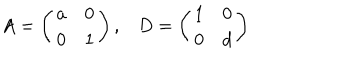
A = \left( \begin{array} { c c } { { a } } & { { 0 } } \\ { { 0 } } & { { 1 } } \\ \end{array} \right) , D = \left( \begin{array} { c c } { { 1 } } & { { 0 } } \\ { { 0 } } & { { d } } \\ \end{array} \right)